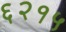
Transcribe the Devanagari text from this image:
६२१५